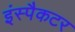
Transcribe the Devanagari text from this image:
इंस्पैकटर